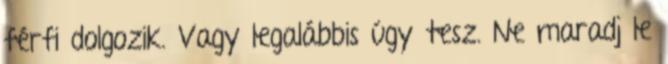
férfi dolgozik. Vagy legalábbis úgy tesz. Ne maradj le